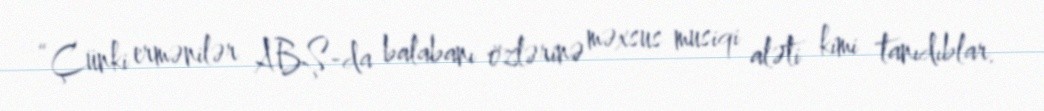
“Çünki ermənilər ABŞ-da balabanı özlərinə məxsus musiqi aləti kimi tanıdıblar.